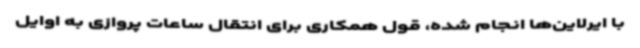
با ایرلاین‌ها انجام شده، قول همکاری برای انتقال ساعات پروازی به اوایل